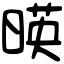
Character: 暎